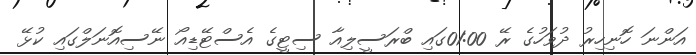
އަންނަ ހޮނިހިރު ދުވަހުގެ ރޭ 01:00ގައި ބްރަސީލިއާ ސިޓީގެ އެސްޓޭޑިއޯ ނޭސިއޮނަލްގައި ކުޅޭ